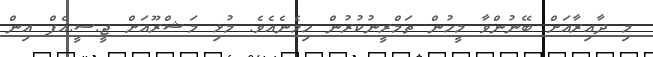
މި ދާއިރާއަށް ބޭނުންވާ މީހުން ތަމްރީނުކުރުން ހިމެނެއެވެ. މުޅި މަޝްރޫއަށް ޖީ.ސީ.އެފް އިން